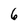
Character: 6